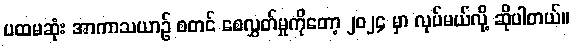
ပထမဆုံး အာကာသယာဉ် စတင် စေလွှတ်မှုကိုတော့ ၂၀၂၄ မှာ လုပ်မယ်လို့ ဆိုပါတယ်။